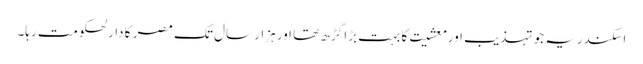
اسکندریہ جو تہذیب اور معشیت کا بہت بڑا گڑھ تھا اور ہزار سال تک مصر کا دارلحکومت رہا۔